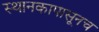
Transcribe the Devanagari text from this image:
स्थानकापासूनच